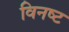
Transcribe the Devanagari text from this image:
विनष्‍ट